画像に写った文字を読んでください
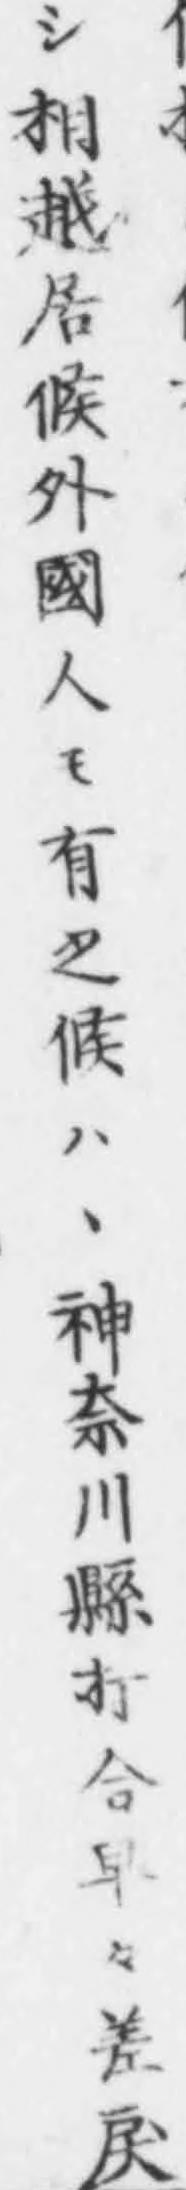
「シ相越居候外國人モ有之候ハヽ神奈川縣打合早々差戾」と書いてあります